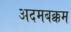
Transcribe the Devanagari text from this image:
अदमबक्कम